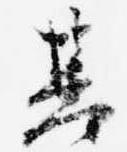
基